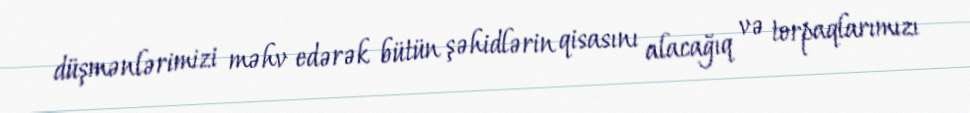
düşmənlərimizi məhv edərək bütün şəhidlərin qisasını alacağıq və torpaqlarımızı